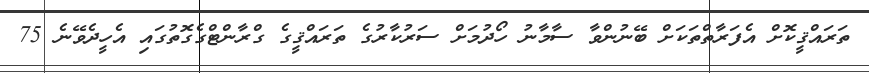
ތަރައްޤީކޮށް އެފަރާތްތަކަށް ބޭނުންވާ ސާމާނު ހޯދުމަށް ސަރުކާރުގެ ތަރައްޤީގެ ގްރާންޓްގެގޮތުގައި އެހީދެވޭނެ 75